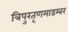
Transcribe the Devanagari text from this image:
त्रिपुरतृणमाडम्बर